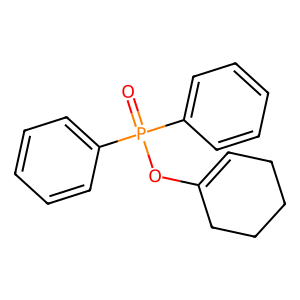
SMILES: O=P(OC1=CCCCC1)(c1ccccc1)c1ccccc1
Inhibits HIV replication: No